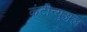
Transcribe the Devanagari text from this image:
कंटीन्युअल